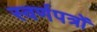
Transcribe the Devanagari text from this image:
स्वर्णपत्रों